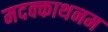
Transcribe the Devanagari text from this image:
मदक्काथनम